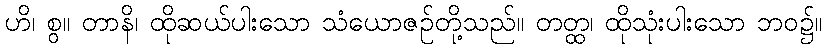
ဟိ၊ စွ။ တာနိ၊ ထိုဆယ်ပါးသော သံယောဇဉ်တို့သည်။ တတ္ထ၊ ထိုသုံးပါးသော ဘဝ၌။